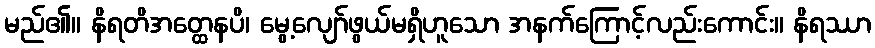
မည်၏။ နိရတိအတ္ထေနပိ၊ မွေ့လျော်ဖွယ်မရှိဟူသော အနက်ကြောင့်လည်းကောင်း။ နိရဿာ